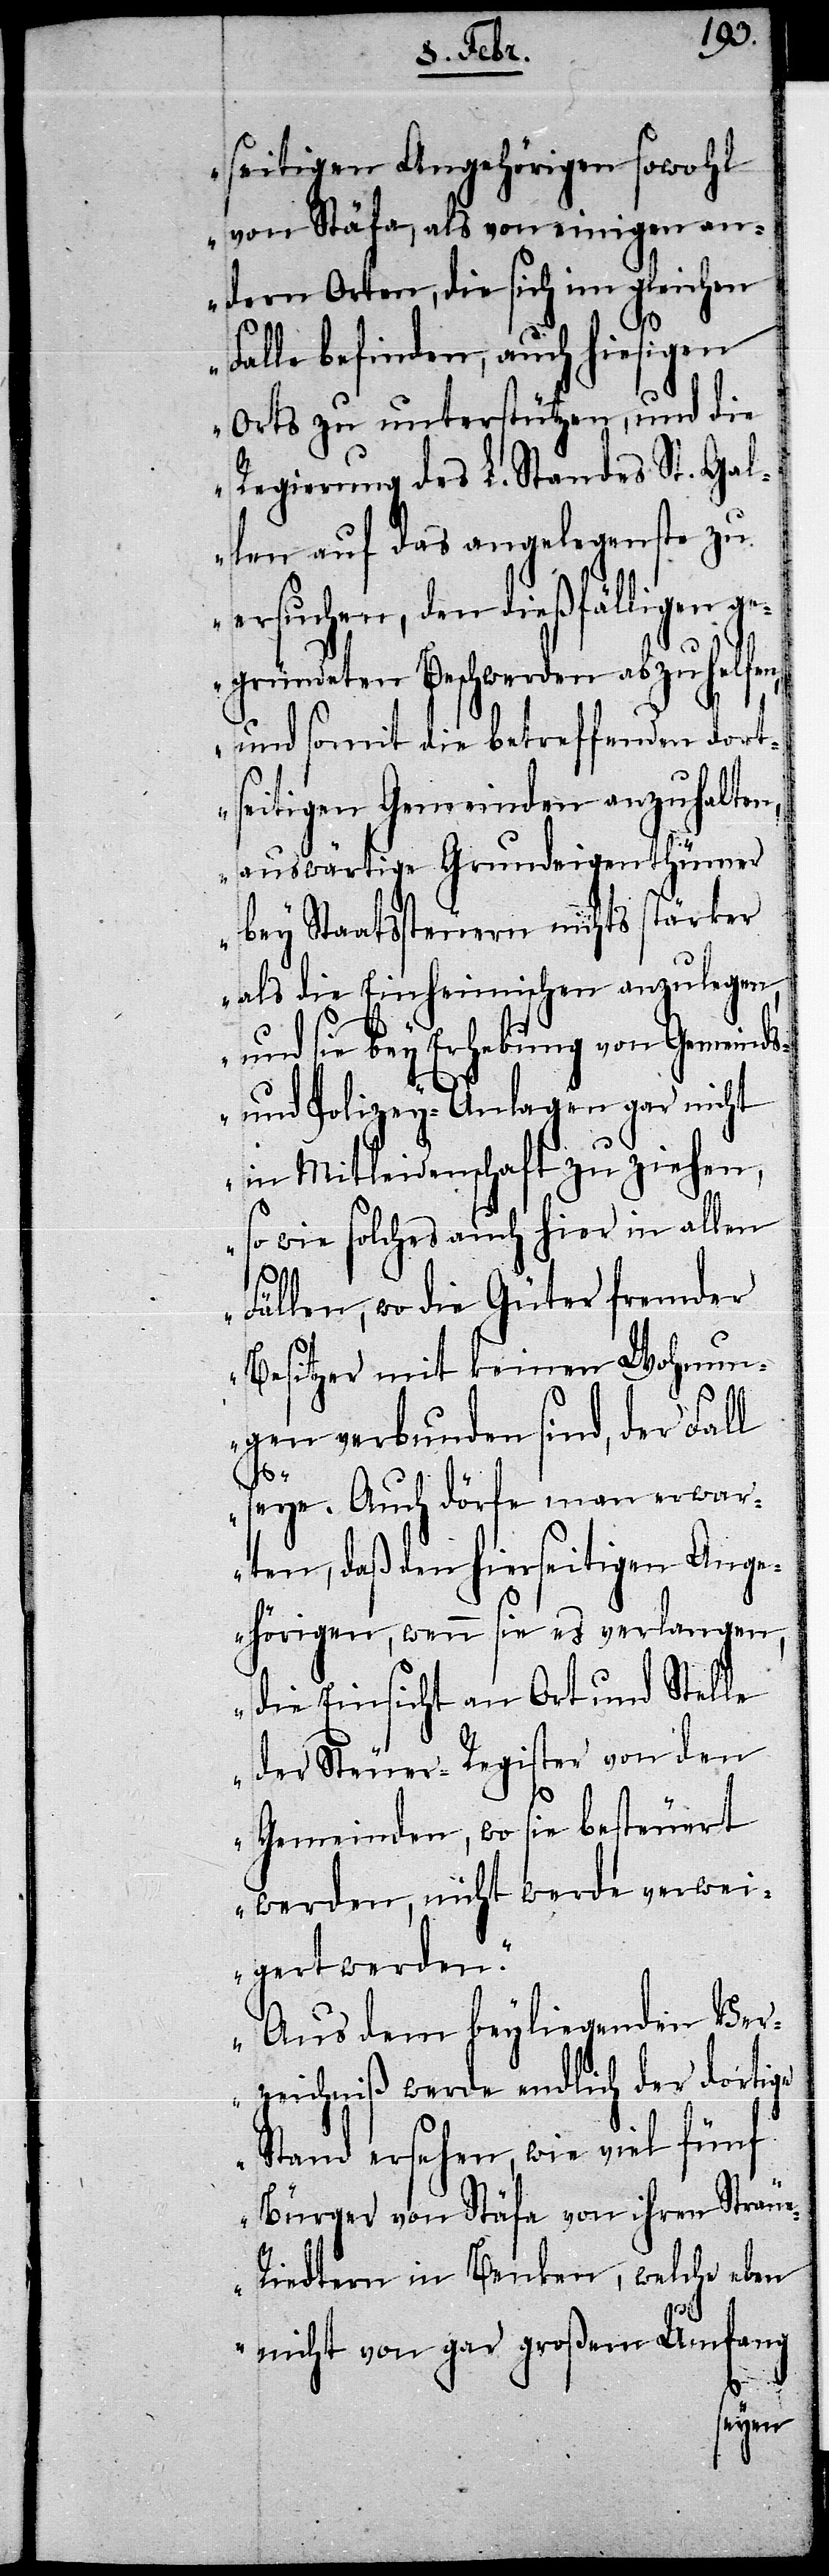
seitigen Angehörigen sowohl
von Stäfa, als von einigen an¬
dern Orten, die sich im gleichen
Falle befinden, auch hiesigen
Orts zu unterstützen, und die
Regierung des L. Standes St. Gal¬
len auf das angelegenste zu
ersuchen, den dießfälligen ge¬
gründeten Beschwerden abzuhelfen,
und somit die betreffenden dort¬
seitigen Gemeinden anzuhalten,
auswärtige Grundeigenthümer
bey Staatssteuern nichts stärker
als die Einheimischen anzulegen,
und sie bey Erhebung von Gemeinds-
und Polizey-Anlagen gar nicht
in Mitleidenschaft zu ziehen,
so wie solches auch hier in allen
Fällen, wo die Güter fremder
Besitzer mit keinen Wohnu¬
ngen verbunden sind, der Fall
e-R¬
seye. Auch dörfe man erwar¬
ten, daß den hierseitigen Ange¬
hörigen, wenn sie es verlangen,
die Einsicht an Ort und Stelle
der Steuer-Register von den
Gemeinden, wo sie besteuert
werden, nicht werde verwei¬
gert werden.“
„Aus dem beyliegenden Ver¬
zeichniß werde endlich der dortige
Stand ersehen, wie viel fünf
Bürger von Stäfa von ihren Sträu¬
iedtern in Benken, welche eben
nicht von gar großem Umfang